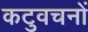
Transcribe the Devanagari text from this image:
कटुवचनों